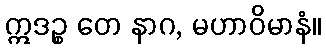
ဣဒဉ္စ တေ နာဂ, မဟာဝိမာနံ။